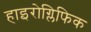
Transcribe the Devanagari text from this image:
हाइरोग्लिफिक